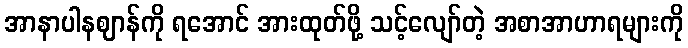
အာနာပါနဈာန်ကို ရအောင် အားထုတ်ဖို့ သင့်လျော်တဲ့ အစာအာဟာရများကို